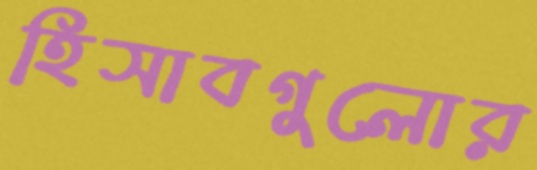
হিসাবগুলোর